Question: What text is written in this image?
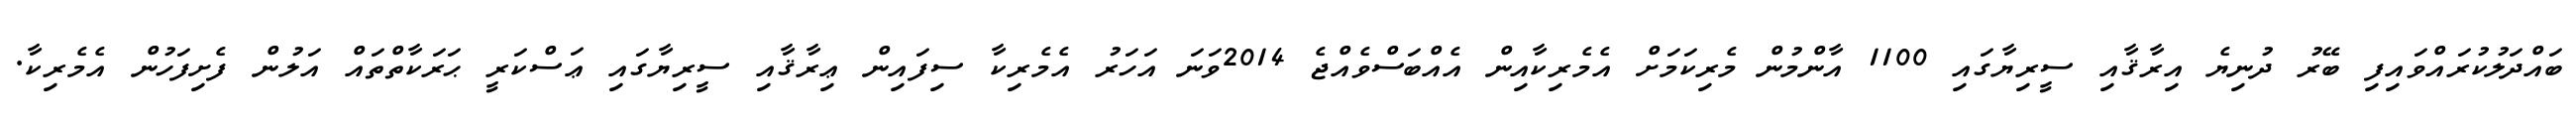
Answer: ބައްދަލުކުރައްވައިފި ބޭރު ދުނިޔެ އިރާޤާއި ސީރިޔާގައި 1100 އާންމުން މެރިކަމަށް އެމެރިކާއިން އެއްބަސްވެއްޖެ 2014ވަނަ އަހަރު އެމެރިކާ ސިފައިން ޢިރާޤާއި ސީރިޔާގައި ޢަސްކަރީ ޙަރަކާތްތައް އަލުން ފެށިފަހުން އެމެރިކާ.